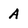
Character: a